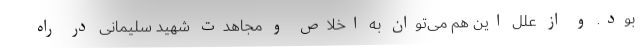
بود. و از علل این هم می‌توان به اخلاص و مجاهدت شهید سلیمانی در راه